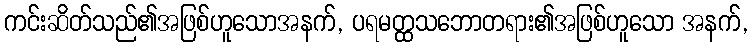
ကင်းဆိတ်သည်၏အဖြစ်ဟူသောအနက်, ပရမတ္ထသဘောတရား၏အဖြစ်ဟူသော အနက်,